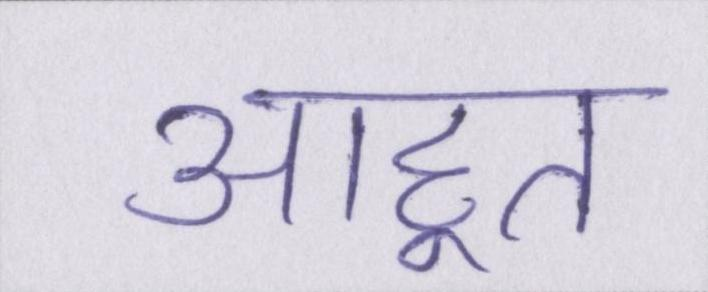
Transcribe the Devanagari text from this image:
आहूत